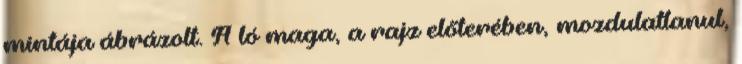
mintája ábrázolt. A ló maga, a rajz előterében, mozdulatlanul,